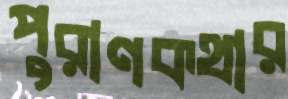
পুরাণকথার